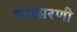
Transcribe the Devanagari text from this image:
परासरणी